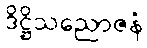
ဒိဋ္ဌိသညောဇနံ